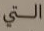
التي